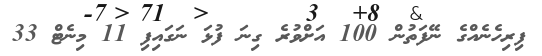
ފިރިހެނެއްގެ ނޭފަތުން 100 އަށްވުރެ ގިނަ ފުޅަ ނަގައިފި 11 މިނެޓް 33